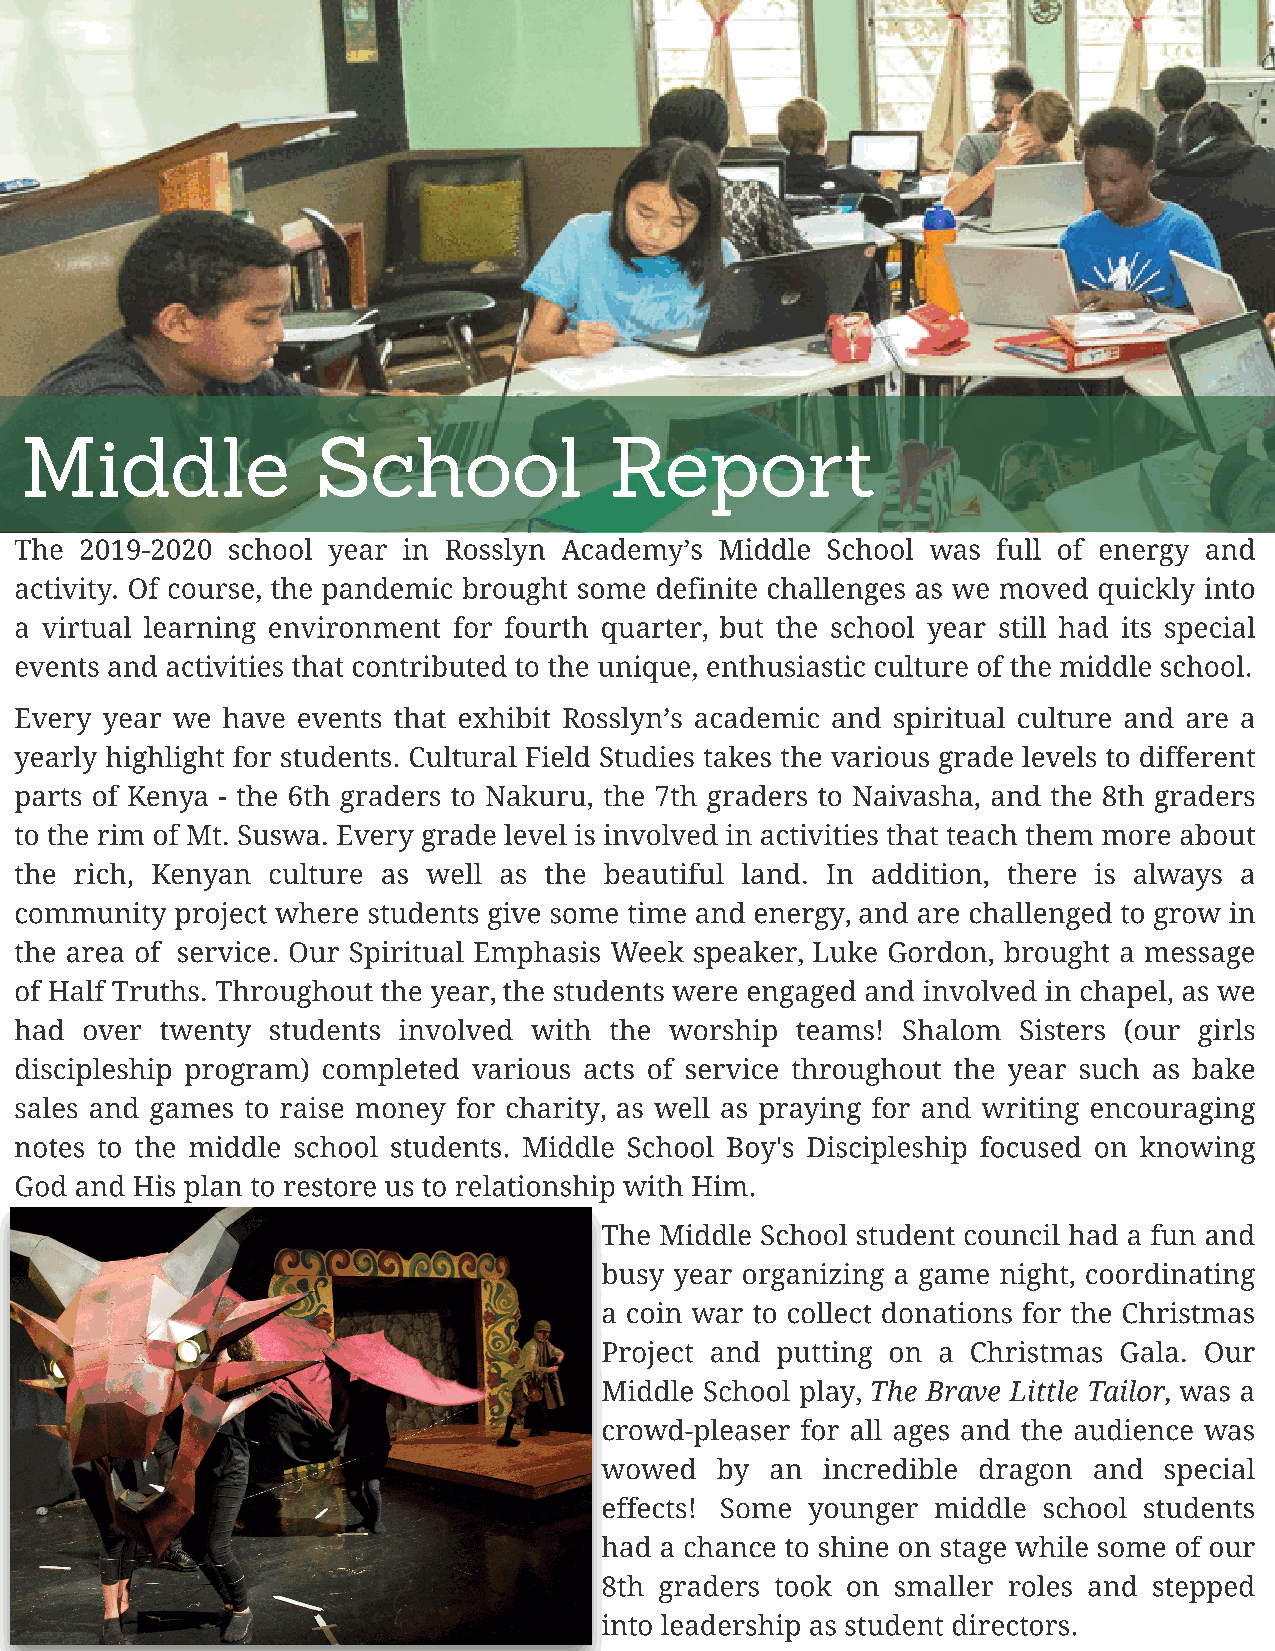
M    iddle          School             Repor           t
 The 2019-2020 school year in Rosslyn Academy?s Middle School was full of energy and
 activity. Of course, the pandemic brought some definite challenges as we moved quickly into
 a virtual learning environment for fourth quarter, but the school year still had its special
 events and activities that contributed to the unique, enthusiastic culture of the middle school.
 Every year we have events that exhibit Rosslyn?s academic and spiritual culture and are a
 yearly highlight for students. Cultural Field Studies takes the various grade levels to different
 parts of Kenya - the 6th graders to Nakuru, the 7th graders to Naivasha, and the 8th graders
 to the rim of Mt. Suswa. Every grade level is involved in activities that teach them more about
 the rich, Kenyan culture as well as the beautiful land. In addition, there is always a
 community  project where students give some time and energy, and are challenged to grow in
 the area of service. Our Spiritual Emphasis Week speaker, Luke Gordon, brought a message
 of Half Truths. Throughout the year, the students were engaged and involved in chapel, as we
 had over  twenty students involved with the worship teams! Shalom Sisters (our girls
 discipleship program) completed various acts of service throughout the year such as bake
 sales and games to raise money for charity, as well as praying for and writing encouraging
 notes to the middle school students. Middle School Boy's Discipleship focused on knowing
 A Change    in Leadership
 God and His plan to restore us to relationship with Him.
 The Middle School student council had a fun and
 busy year organizing a game night, coordinating
 a coin war to collect donations for the Christmas
 Project and putting on a Christmas Gala. Our
 Middle School play, The Brave Little Tailor, was a
 crowd-pleaser for all ages and the audience was
 wowed  by  an incredible dragon and  special
 effects! Some younger middle school students
 had a chance to shine on stage while some of our
 8th graders took on smaller roles and stepped
 into leadership as student directors.